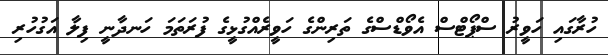
ހުރާގައި ހަވީރު ސްޕޯޓްސް އެވޯޑްސްގެ ތަރިންގެ ހަވީރެއްގުޅީގެ ފުރަތަމަ ހަނދާނީ ފިލާ އަގުހުރި